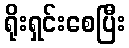
ရိုးရှင်းစေပြီး